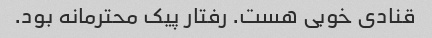
قنادی خوبی هست. رفتار پیک محترمانه بود.